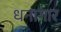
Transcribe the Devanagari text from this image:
धनागार